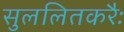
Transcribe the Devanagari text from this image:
सुललितकरैः